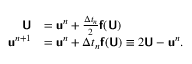
\begin{array} { r l } { \mathbf { \boldsymbol { \mathsf { U } } } } & { = \mathbf { \boldsymbol { \mathsf { u } } } ^ { n } + \frac { \Delta t _ { n } } { 2 } \mathbf { \boldsymbol { \mathsf { f } } } ( \mathbf { \boldsymbol { \mathsf { U } } } ) } \\ { \mathbf { \boldsymbol { \mathsf { u } } } ^ { n + 1 } } & { = \mathbf { \boldsymbol { \mathsf { u } } } ^ { n } + \Delta t _ { n } \mathbf { \boldsymbol { \mathsf { f } } } ( \mathbf { \boldsymbol { \mathsf { U } } } ) \equiv 2 \mathbf { \boldsymbol { \mathsf { U } } } - \mathbf { \boldsymbol { \mathsf { u } } } ^ { n } . } \end{array}